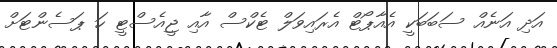
އަދި އަނެއް ސަބަބަކީ އެއާޕޯޓް އެރައިވަލް ޓެކްސް އާއި ޖީއެސްޓީ ހަ ޕަސެންޓަށް